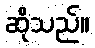
ဆိုသည်။